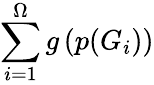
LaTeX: \sum_{i=1}^{\Omega}g\left(p(G_{i})\right)